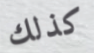
كذلك